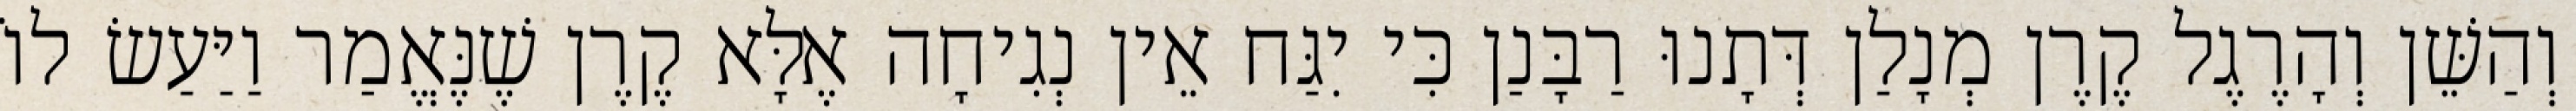
וְהַשֵּׁן וְהָרֶגֶל קֶרֶן מְנָלַן דְּתָנוּ רַבָּנַן כִּי יִגַּח אֵין נְגִיחָה אֶלָּא קֶרֶן שֶׁנֶּאֱמַר וַיַּעַשׂ לוֹ